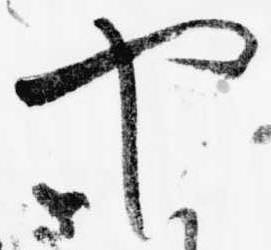
や